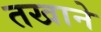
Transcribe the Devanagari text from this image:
तखाने